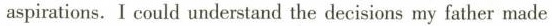
aspirations,1 could undertand the decisions my father made